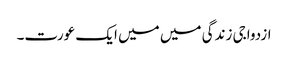
ازدواجی زندگی میں میں ایک عورت۔